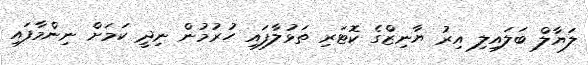
ލަޔާލް ބަލައިލި އިރު ޔާނިޒްގެ ކޮޓަރި ތަޅުލާފައި ހުރުމުން ނިދީ ކަމަށް ނިންމާފައި